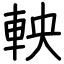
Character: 軮